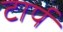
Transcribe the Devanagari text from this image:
टार्प